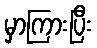
မှာကြားပြီး